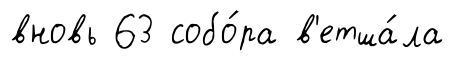
вновь 63 собо́ра в'етша́ла